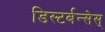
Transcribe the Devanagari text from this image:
डिस्टर्बन्सेस्